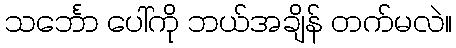
သင်္ဘော ပေါ်ကို ဘယ်အချိန် တက်မလဲ။